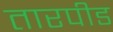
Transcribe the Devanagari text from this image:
तारपीड